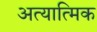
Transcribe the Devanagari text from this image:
अत्यात्मिक